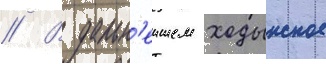
// В дальн'еишем ходынское